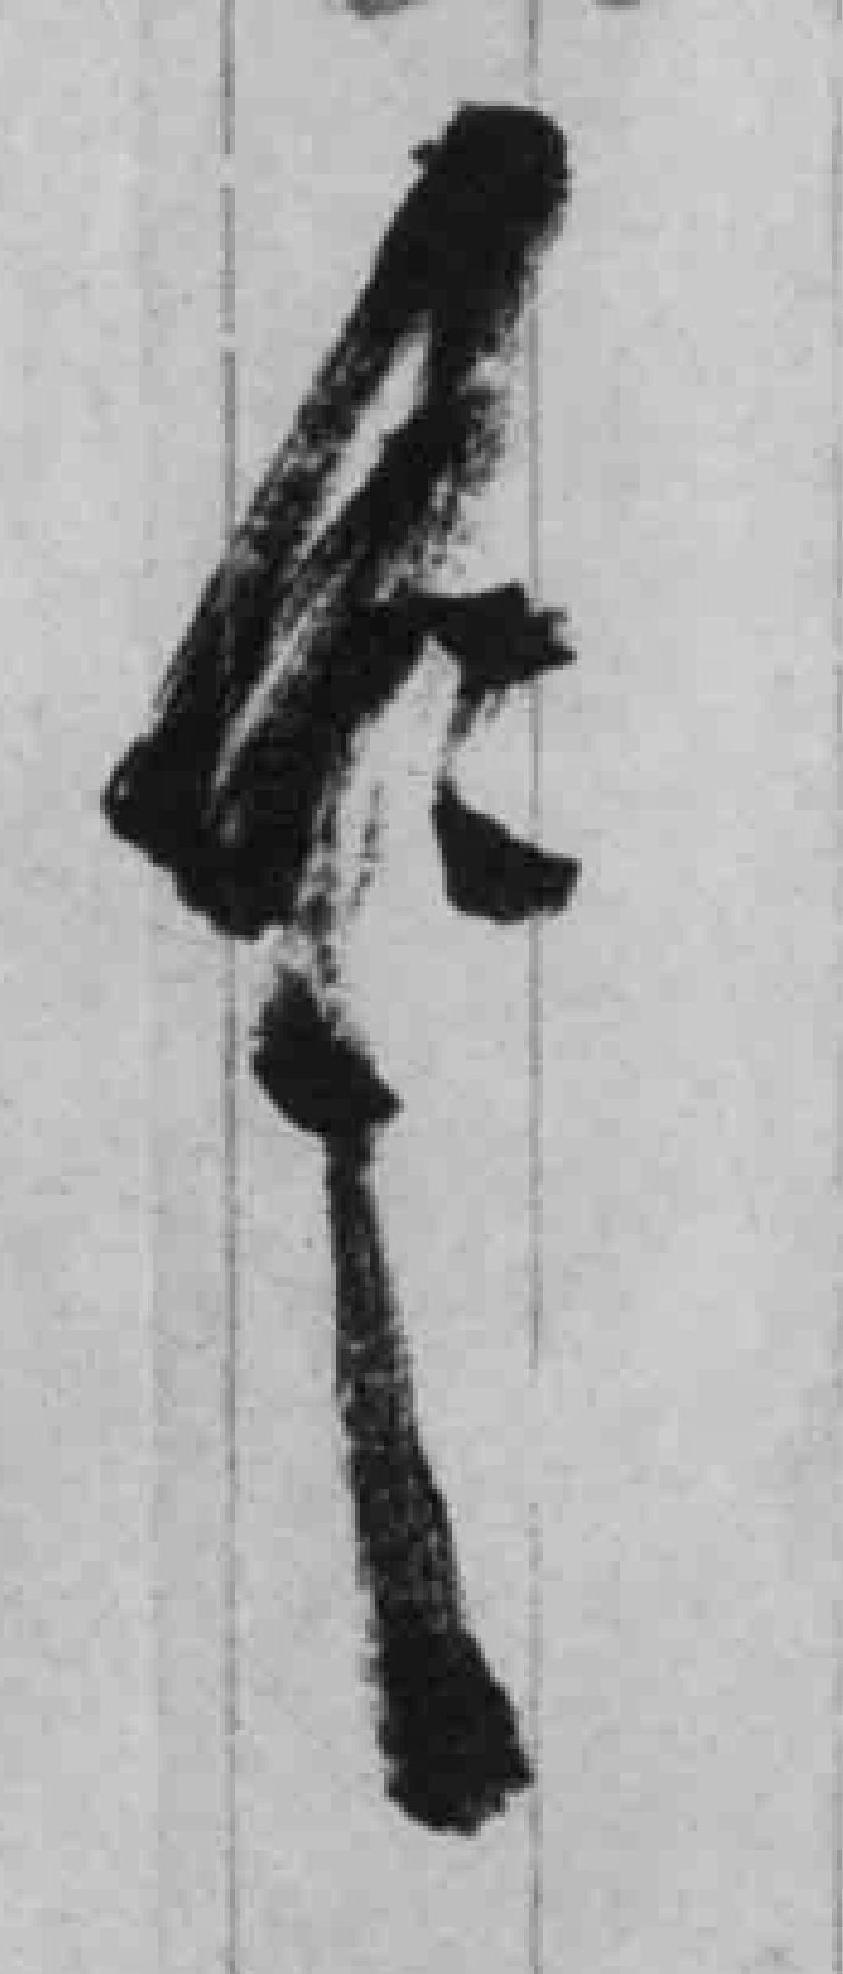
*